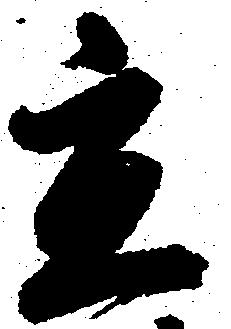
立